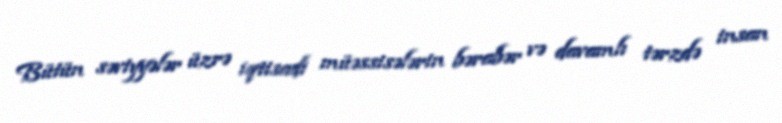
Bütün səviyyələr üzrə iqtisadi müəssisələrin bərabər və davamlı tərzdə insan